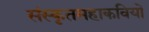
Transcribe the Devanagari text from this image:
संस्कृतमहाकवियों